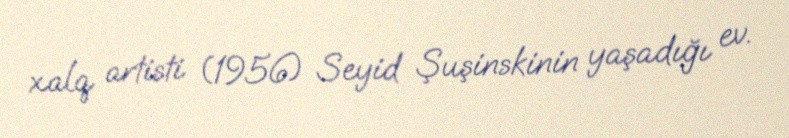
xalq artisti (1956) Seyid Şuşinskinin yaşadığı ev.